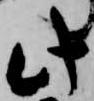
此